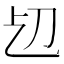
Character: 𠚱